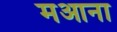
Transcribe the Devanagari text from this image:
मआना